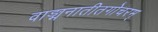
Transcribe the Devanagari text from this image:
वाङ्मनातीतगोचरम्